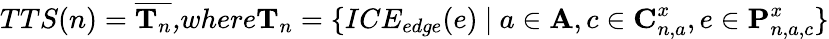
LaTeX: TTS(n)=\overline{{\textbf{T}_{n}}}\textit{,where}\textbf{T}_{n}=\{ ICE_{edge}(e)\ |\ a\in\textbf{A},c\in\textbf{C}_{n,a}^{x},e\in\textbf{P}_{n,a,c}^{x}\}